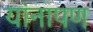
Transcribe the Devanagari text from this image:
यांनापण